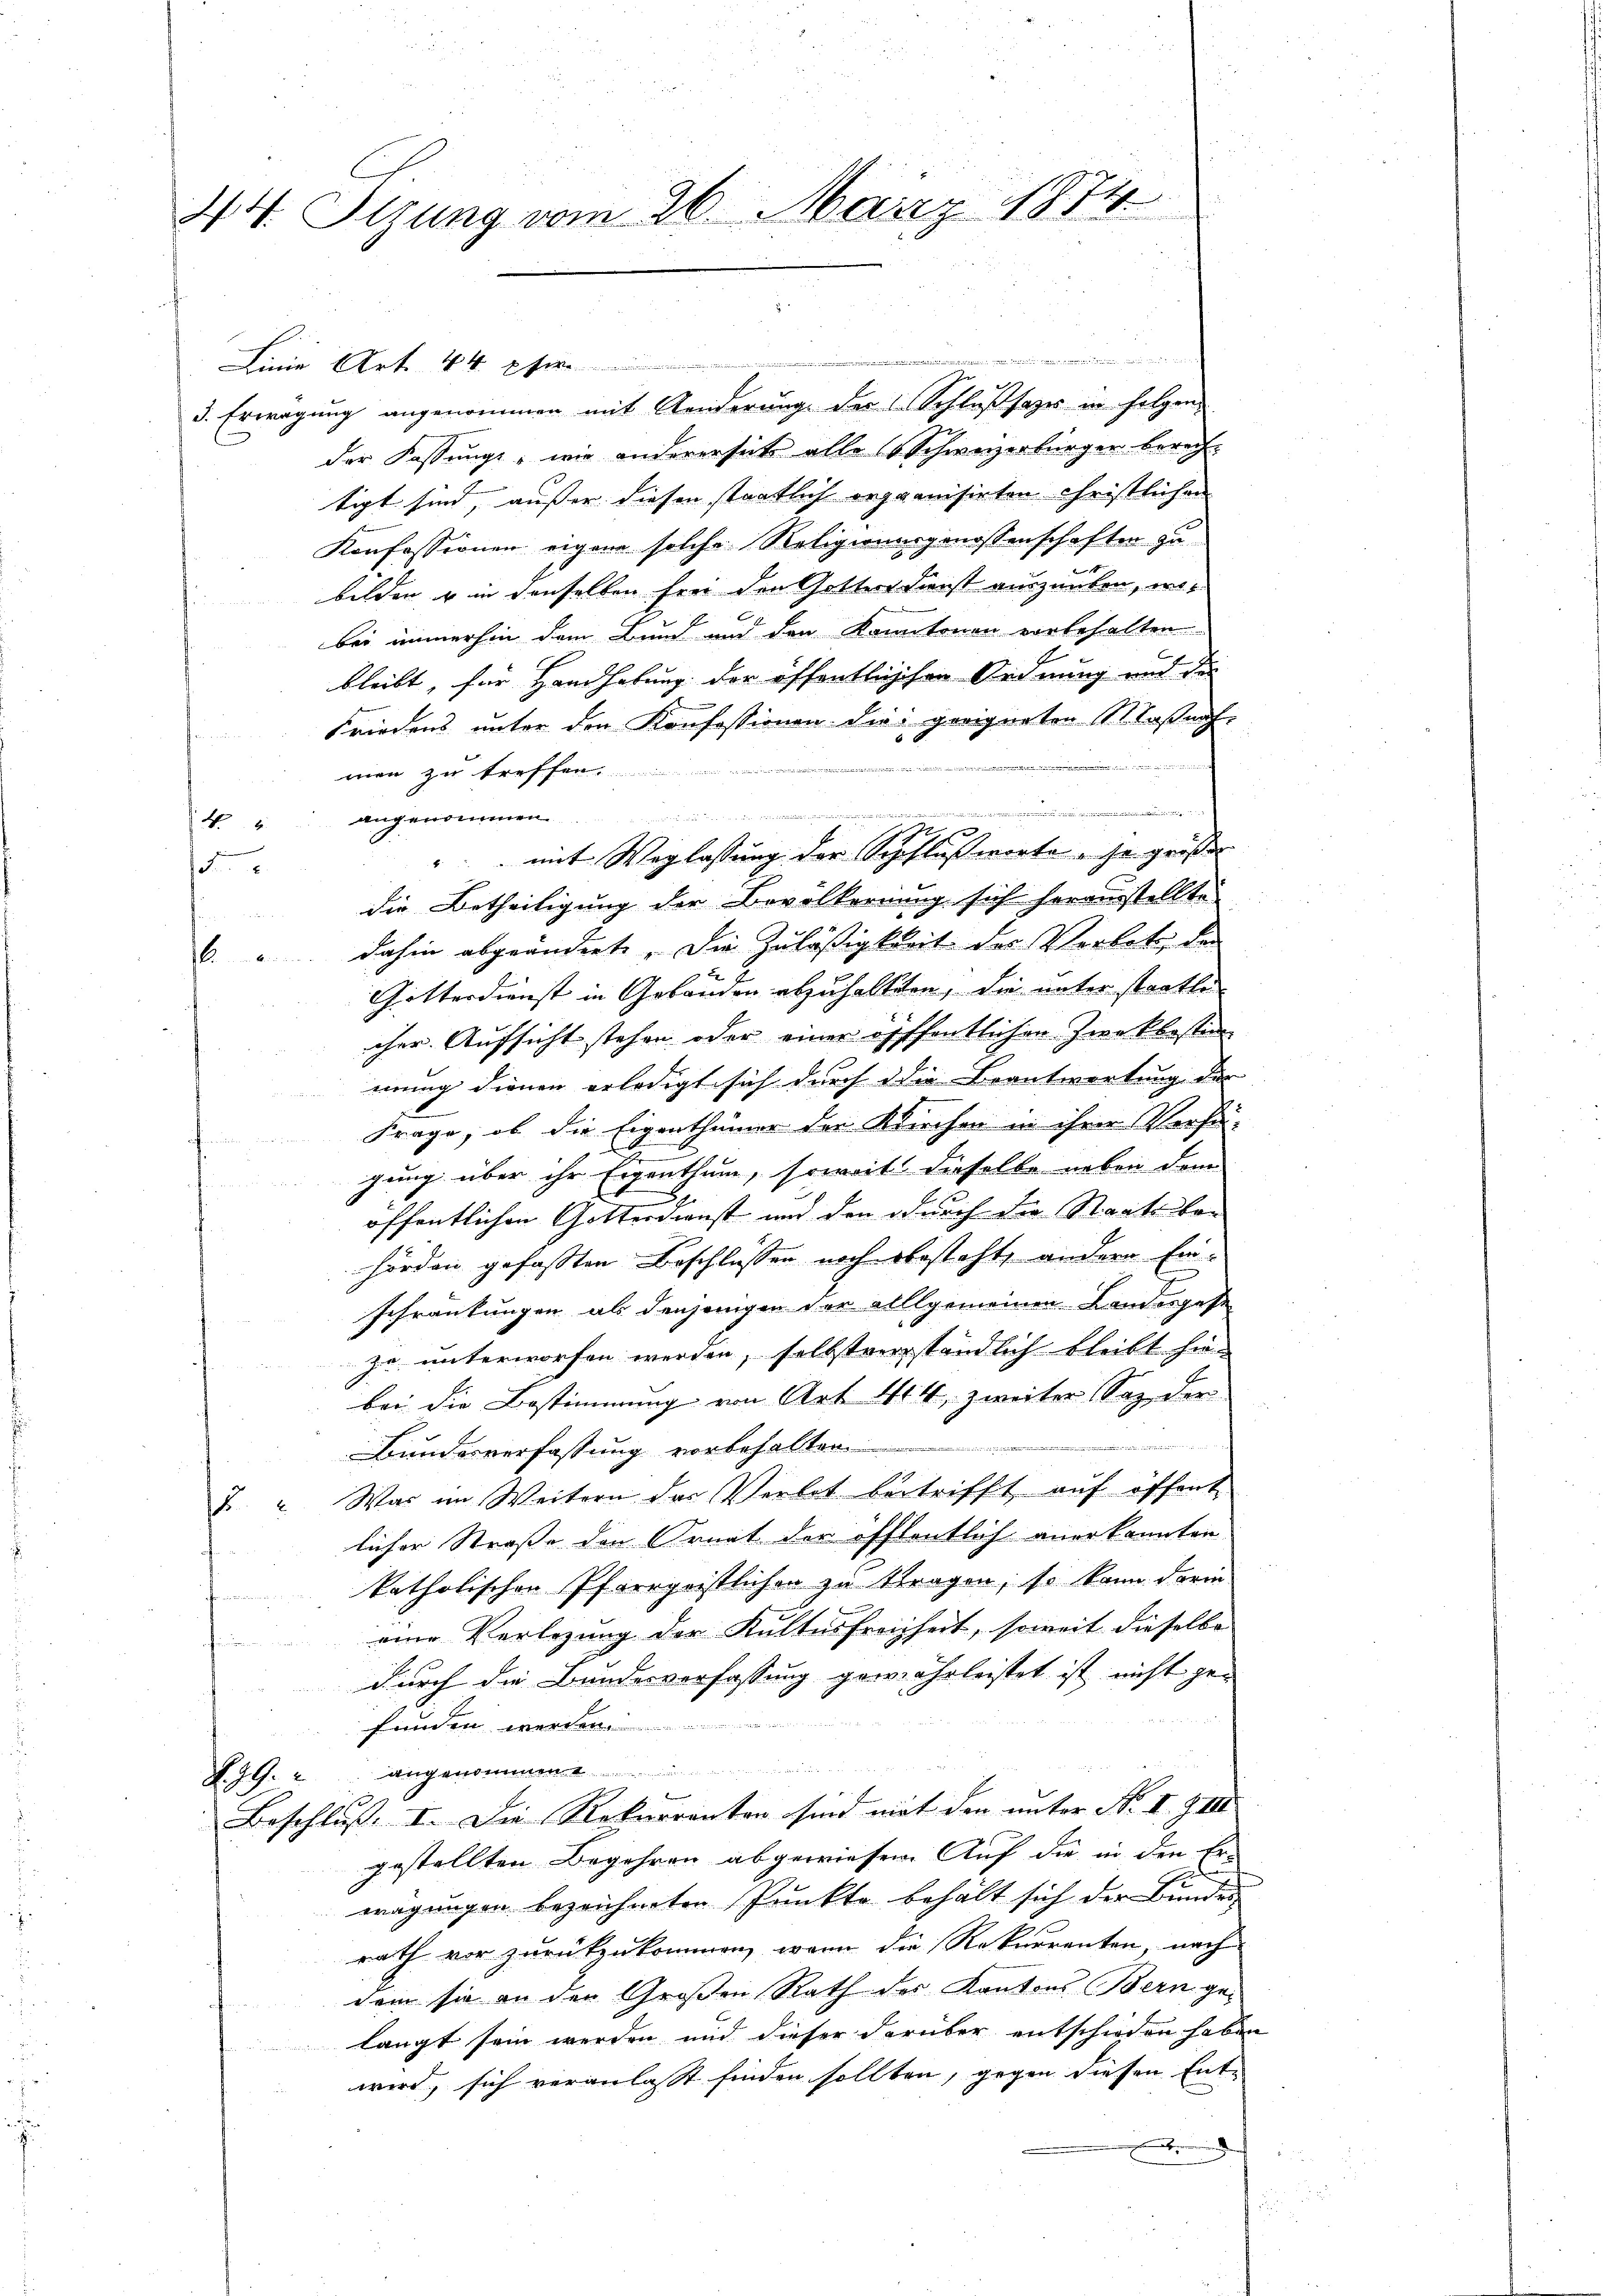
44. Stzung vom 26. März 1874

3. Erwägung angenommen mit Aenderŭng der Schlossages in folgender Fassungs, wie andererseit alle Schweizerbürger berechtigt sind, außer diesen staatlich organisirten Christlichen
Konfessionen eigene solche Religionargenossenschaften zu
bilden u in denselben frei den Gottesdienst auszuüben, wobei immerhin dem Bund und den Kantonen vorbehalten.
bleibt, für Handhabung der öffentlichen Ordnung und der
Friedens unter den Konfessionen die geeigneten 111. Faßnahe
men zu treffen.
.
  den
44 angenommen.
2f
" mit Weglassung der Schflußworte, so großer
1
die Betheiligung der Bevölkernung sich herausstellte
dahin abgeänderte. Die Zuläßigkeit des Verbot, de
f
Götterdienst in Gebäuden abzuhalten, die unter staatte
cher Aufsicht stehen oder einer öfffentlichen Zwekbesten
erung dienen erledigt sich durch die Beantwortung der |
Frage, ob die Eigenthümer der Kirchen in ihrer Verhä-
gung über ihr Eigenthum, soweit dieselbe neben dem
öffentlichen Gotterdienst und den durch die Staatskan
hörden gefassten Beschlüssen noch besteht, andern Einschränkungen als denjenigen der allgemeinen Landesgese
zu unterworfen werden, selbstverständlich bleibt hie-
bei die Bestimmung von Art. 414, zweiter Saz der
Bundesverfassung vorbehalten
J. Was im Weitern des Verbot betrifft aŭf öffent
licher Straße den Ornat der öffentlich anerkannten
katholischen Pfarrgeistlichen zu tragen; so kann darin
eine Verlegung der Kultus freiheit, soweit dieselbe
durch die Bundesverfassung gewährleistet ist nicht gefunden werden
F. J. G. 2 angenommen
Beschluß. I. Die Rekurrenten sind mit den unter No II. Z VIII
gestellten Begehren abgewiesen. Auf die in den Er-
wägungen bezeichneten Punkte behalt sich der Bundes
rath vor zurückzukommen, wenn die Rekurrenten, nach
dem sie an der Großen Rath des Kantons Bern gelangt sein werden und dieser darüber entschieden haben
wird, sich veranlaßt finden sollten, gegen diesen Ent-
e

Linie Art. 44 pfer

u
e

gegen an den